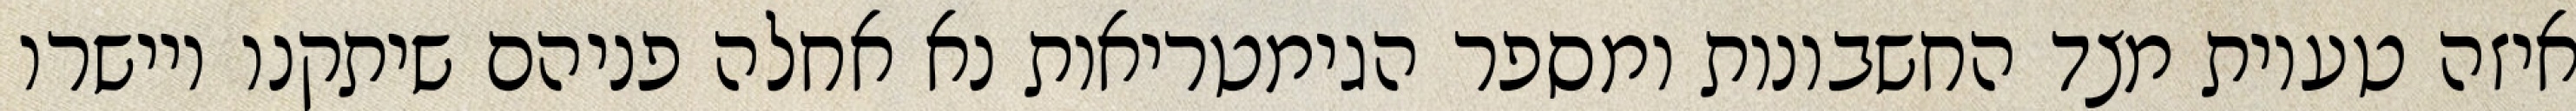
איזה טעיות מצד החשבונות ומספר הגימטריאות נא אחלה פניהם שיתקנו ויישרו